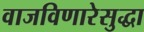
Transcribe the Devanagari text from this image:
वाजविणारेसुद्धा